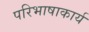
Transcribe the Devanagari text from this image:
परिभाषाकार्य